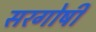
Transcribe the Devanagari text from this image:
सरगोषी